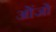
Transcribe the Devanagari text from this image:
ओंजो